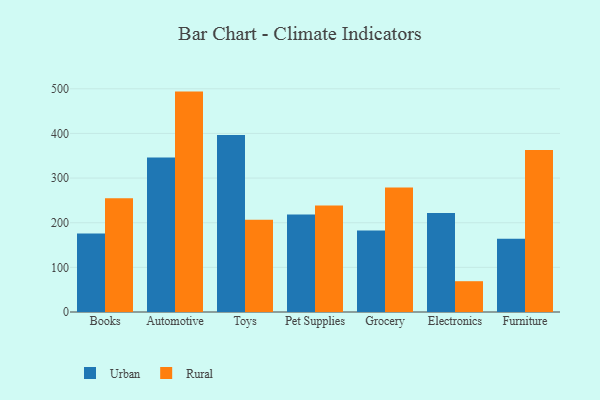
{"axis": {"x": "Category", "y": "Satisfaction Score"}, "legend": ["Rural", "Urban"], "data": [{"x": "Books", "y": 175.9, "type": "Urban"}, {"x": "Books", "y": 254.9, "type": "Rural"}, {"x": "Automotive", "y": 345.9, "type": "Urban"}, {"x": "Automotive", "y": 493.7, "type": "Rural"}, {"x": "Toys", "y": 396.7, "type": "Urban"}, {"x": "Toys", "y": 206.6, "type": "Rural"}, {"x": "Pet Supplies", "y": 218.2, "type": "Urban"}, {"x": "Pet Supplies", "y": 238.8, "type": "Rural"}, {"x": "Grocery", "y": 182.7, "type": "Urban"}, {"x": "Grocery", "y": 279.1, "type": "Rural"}, {"x": "Electronics", "y": 221.9, "type": "Urban"}, {"x": "Electronics", "y": 69.0, "type": "Rural"}, {"x": "Furniture", "y": 164.0, "type": "Urban"}, {"x": "Furniture", "y": 363.0, "type": "Rural"}]}